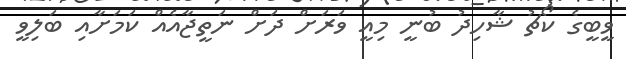
ވީބީގެ ކޯޗު ޝާހިދު ބުނީ މިއީ ވަރަށް ދަށް ނަތީޖާއެއް ކަމަށާއި ބަލިވީ